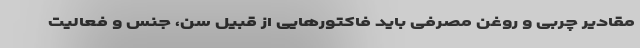
مقادیر چربی و روغن مصرفی باید فاکتورهایی از قبیل سن، جنس و فعالیت